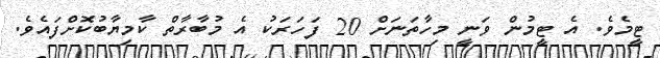
ޓީމެވެ. އެ ޓީމުން ވަނީ މިހާތަނަށް 20 ފަހަރަކު އެ މުބާރާތް ކާމިޔާބުކޮށްފައެވެ.